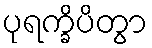
ပုရက္ခိပိတွာ